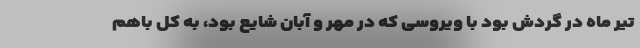
تیر ماه در گردش بود با ویروسی که در مهر و آبان شایع بود، به کل باهم